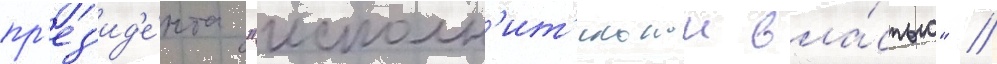
пр'ез'ид'е́нта "исполн'ит'ельнои вла́стью" //